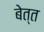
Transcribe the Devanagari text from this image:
बेत्त